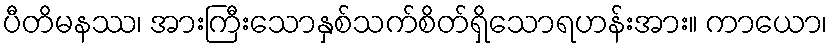
ပီတိမနဿ၊ အားကြီးသောနှစ်သက်စိတ်ရှိသောရဟန်းအား။ ကာယော၊